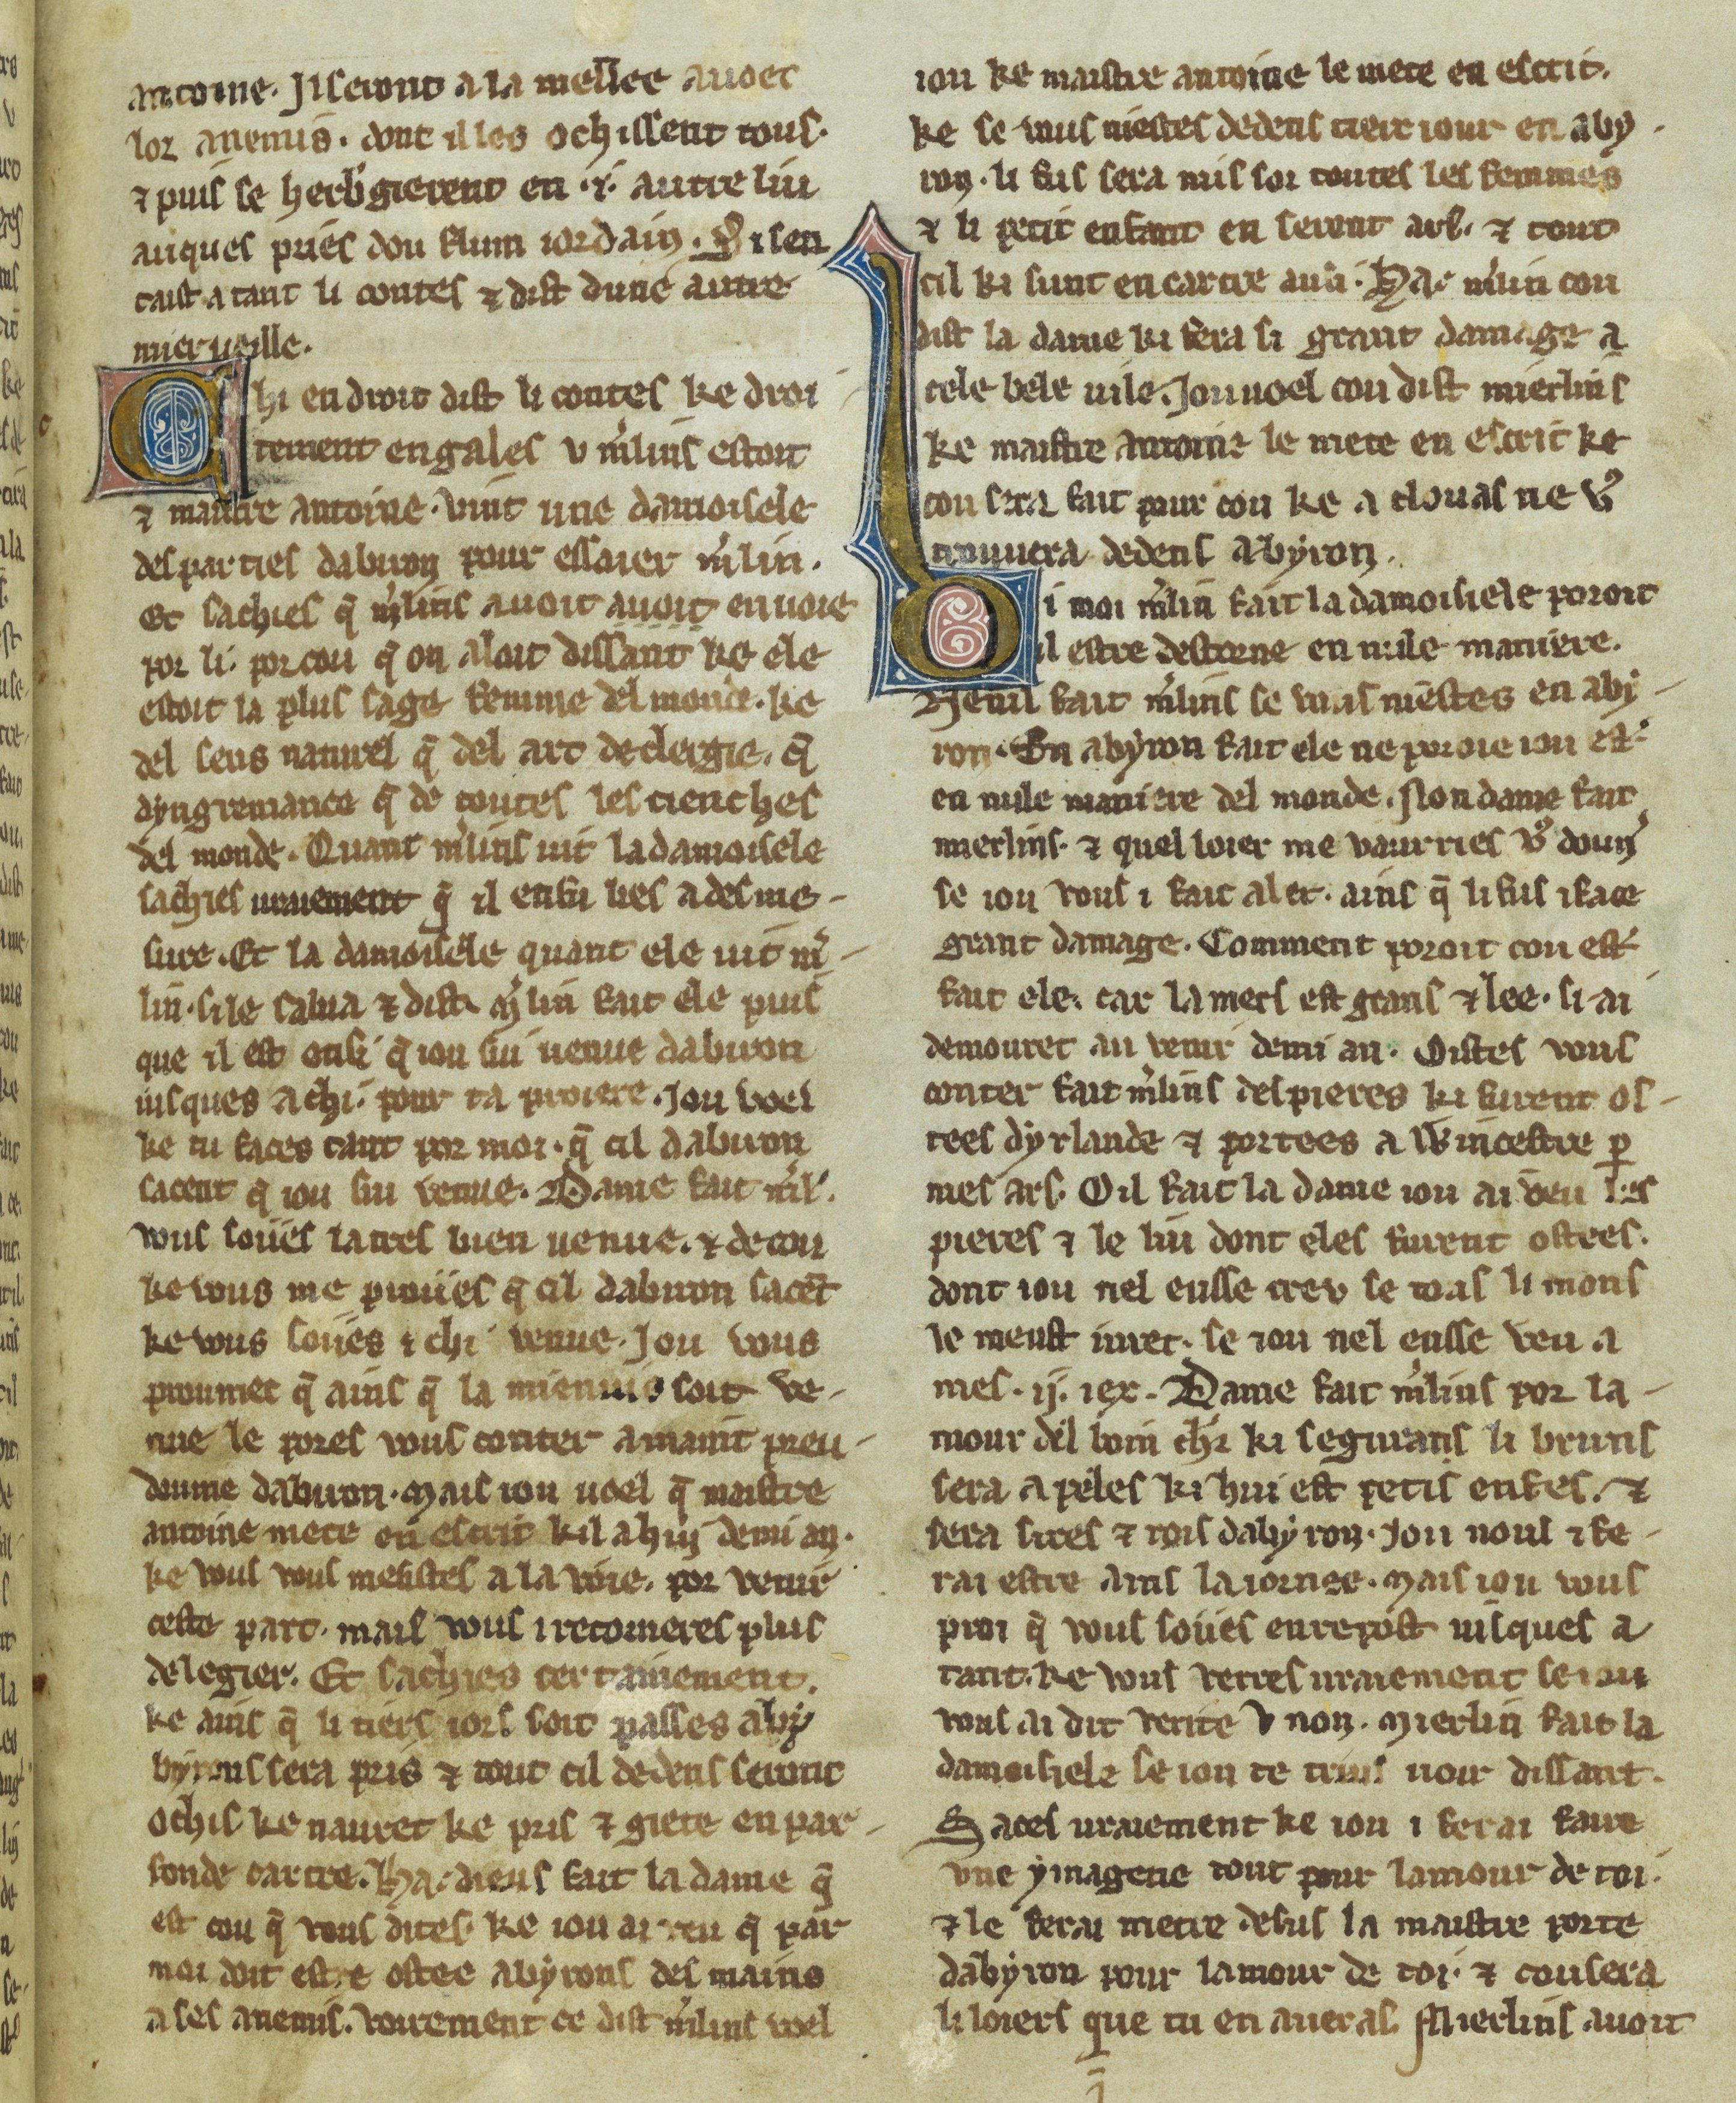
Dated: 1300–1330